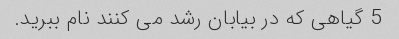
5 گیاهی که در بیابان رشد می کنند نام ببرید.